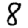
Digit: 8